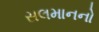
સલમાનનો